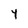
Character: Y